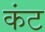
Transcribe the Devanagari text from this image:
कंट